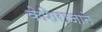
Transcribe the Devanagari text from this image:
केशिराजाने